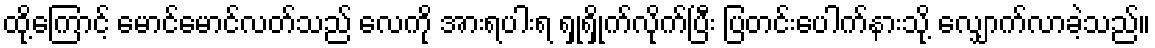
ထို့ကြောင့် မောင်မောင်လတ်သည် လေကို အားရပါးရ ရှုရှိုက်လိုက်ပြီး ပြတင်းပေါက်နားသို့ လျှောက်လာခဲ့သည်။